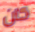
كان